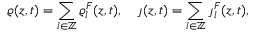
\varrho ( z , t ) = \sum _ { l \in \mathbb { Z } } \varrho _ { l } ^ { F } ( z , t ) , \quad \jmath ( z , t ) = \sum _ { l \in \mathbb { Z } } \jmath _ { l } ^ { F } ( z , t ) ,